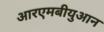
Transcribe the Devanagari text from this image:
आरएमबीयुआन